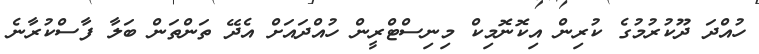
ހުއްދަ ދޫކުރުމުގެ ކުރިން އިކޮނޮމިކް މިނިސްޓްރީން ހުއްދައަށް އެދޭ ތަންތަން ބަލާ ފާސްކުރާނެ